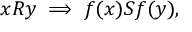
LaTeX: x R y \implies f ( x ) S f ( y ) ,